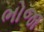
ભોજા